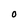
Character: O